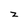
Character: z